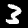
Label: 3